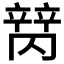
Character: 𬔩